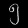
Digit: ၅